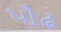
પૌઢ